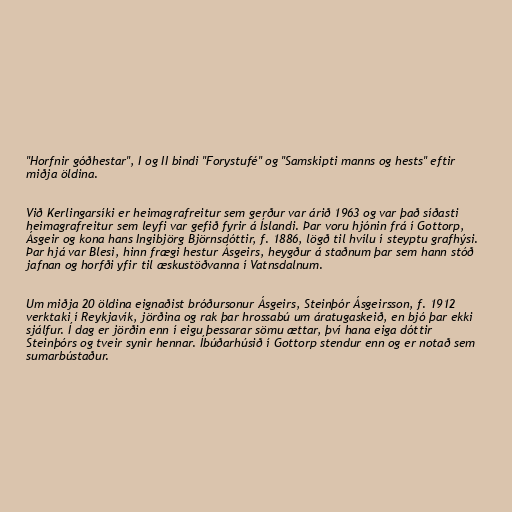
"Horfnir góðhestar", I og II bindi "Forystufé" og "Samskipti manns og hests" eftir
miðja öldina.

Við Kerlingarsíki er heimagrafreitur sem gerður var árið 1963 og var það síðasti
heimagrafreitur sem leyfi var gefið fyrir á Íslandi. Þar voru hjónin frá í Gottorp,
Ásgeir og kona hans Ingibjörg Björnsdóttir, f. 1886, lögð til hvílu í steyptu grafhýsi.
Þar hjá var Blesi, hinn frægi hestur Ásgeirs, heygður á staðnum þar sem hann stóð
jafnan og horfði yfir til æskustöðvanna í Vatnsdalnum.

Um miðja 20 öldina eignaðist bróðursonur Ásgeirs, Steinþór Ásgeirsson, f. 1912
verktaki í Reykjavík, jörðina og rak þar hrossabú um áratugaskeið, en bjó þar ekki
sjálfur. Í dag er jörðin enn í eigu þessarar sömu ættar, því hana eiga dóttir
Steinþórs og tveir synir hennar. Íbúðarhúsið í Gottorp stendur enn og er notað sem
sumarbústaður.